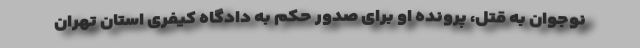
نوجوان به قتل، پرونده او برای صدور حکم به دادگاه کیفری استان تهران